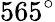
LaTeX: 565^{\circ}